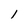
Character: l